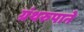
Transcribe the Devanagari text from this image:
ग्रंथरुपाने